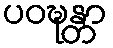
ပဝဍ္ဎန္တာ